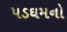
પડઘમનો